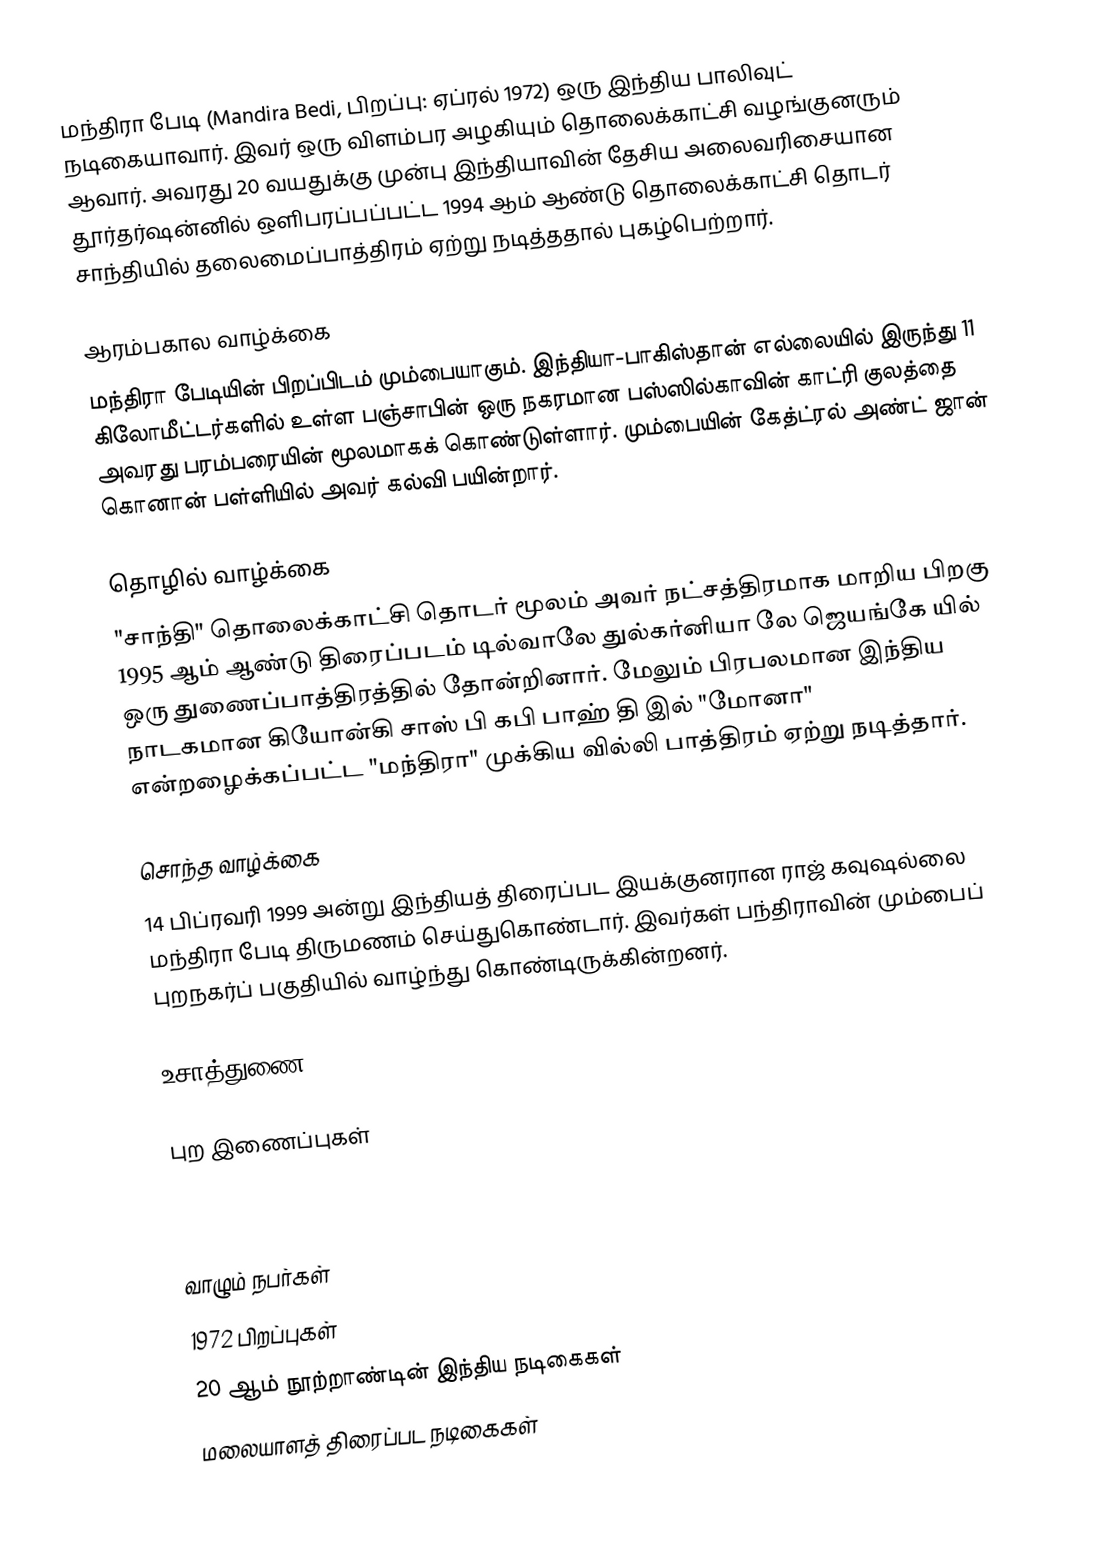
மந்திரா பேடி (Mandira Bedi, பிறப்பு: ஏப்ரல் 1972) ஒரு இந்திய பாலிவுட் நடிகையாவார். இவர் ஒரு விளம்பர அழகியும் தொலைக்காட்சி வழங்குனரும் ஆவார். அவரது 20 வயதுக்கு முன்பு இந்தியாவின் தேசிய அலைவரிசையான தூர்தர்ஷன்னில் ஒளிபரப்பப்பட்ட 1994 ஆம் ஆண்டு தொலைக்காட்சி தொடர் சாந்தியில் தலைமைப்பாத்திரம் ஏற்று நடித்ததால் புகழ்பெற்றார்.

ஆரம்பகால வாழ்க்கை
மந்திரா பேடியின் பிறப்பிடம் மும்பையாகும். இந்தியா-பாகிஸ்தான் எல்லையில் இருந்து 11 கிலோமீட்டர்களில் உள்ள பஞ்சாபின் ஒரு நகரமான பஸ்ஸில்காவின் காட்ரி குலத்தை அவரது பரம்பரையின் மூலமாகக் கொண்டுள்ளார். மும்பையின் கேத்ட்ரல் அண்ட் ஜான் கொனான் பள்ளியில் அவர் கல்வி பயின்றார்.

தொழில் வாழ்க்கை
"சாந்தி" தொலைக்காட்சி தொடர் மூலம் அவர் நட்சத்திரமாக மாறிய பிறகு 1995 ஆம் ஆண்டு திரைப்படம் டில்வாலே துல்கர்னியா லே ஜெயங்கே யில் ஒரு துணைப்பாத்திரத்தில் தோன்றினார். மேலும் பிரபலமான இந்திய நாடகமான கியோன்கி சாஸ் பி கபி பாஹ் தி  இல் "மோனா" என்றழைக்கப்பட்ட "மந்திரா" முக்கிய வில்லி பாத்திரம் ஏற்று நடித்தார்.

சொந்த வாழ்க்கை
14 பிப்ரவரி 1999 அன்று இந்தியத் திரைப்பட இயக்குனரான ராஜ் கவுஷல்லை மந்திரா பேடி திருமணம் செய்துகொண்டார். இவர்கள் பந்திராவின் மும்பைப் புறநகர்ப் பகுதியில் வாழ்ந்து கொண்டிருக்கின்றனர்.

உசாத்துணை

புற இணைப்புகள்

வாழும் நபர்கள்
1972 பிறப்புகள்
20 ஆம் நூற்றாண்டின் இந்திய நடிகைகள்
மலையாளத் திரைப்பட நடிகைகள்